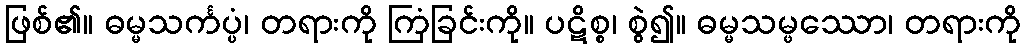
ဖြစ်၏။ ဓမ္မသင်္ကပ္ပံ၊ တရားကို ကြံခြင်းကို။ ပဋိစ္စ၊ စွဲ၍။ ဓမ္မသမ္ဖဿော၊ တရားကို